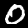
Digit: 0